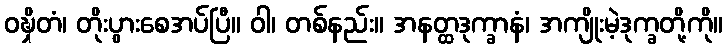
ဝဍ္ဎှိတံ၊ တိုးပွားစေအပ်ပြီ။ ဝါ၊ တစ်နည်း။ အနတ္ထဒုက္ခာနံ၊ အကျိုးမဲ့ဒုက္ခတို့ကို။